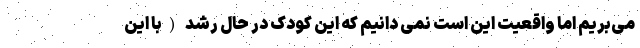
می‌بریم اما واقعیت این است نمی دانیم که این کودک در حال رشد (با این